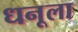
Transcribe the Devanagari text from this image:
धनूला